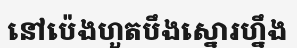
នៅប៉េងហួតបឹងស្នោរហ្នឹង